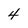
Character: 4